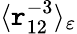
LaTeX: \langle\mathtt{r}_{12}^{-3}\rangle_{\varepsilon}